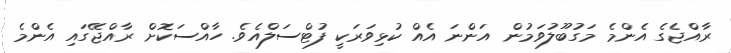
ރާއްޖެގެ އެންމެ މަގުބޫލުވަމުން އަންނަ އެއް ކުޅިވަރަކީ ފުޓްސަލްއެވެ. ހާއްސަކޮށް ރާއްޖޭގައި އެންމެ